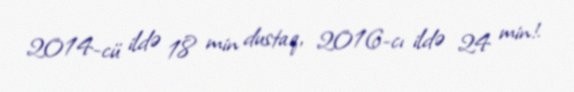
2014-cü ildə 18 min dustaq, 2016-cı ildə 24 min!.